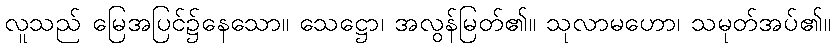
လူသည် မြေအပြင်၌နေသော။ သေဋ္ဌော၊ အလွန်မြတ်၏။ သုလာမဟော၊ သမုတ်အပ်၏။